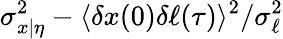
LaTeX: \sigma_{x|\eta}^{2}-\langle\delta x(0)\delta\ell(\tau)\rangle^{2}/\sigma_{\ell}^{2}